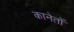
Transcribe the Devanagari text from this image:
कानेतों